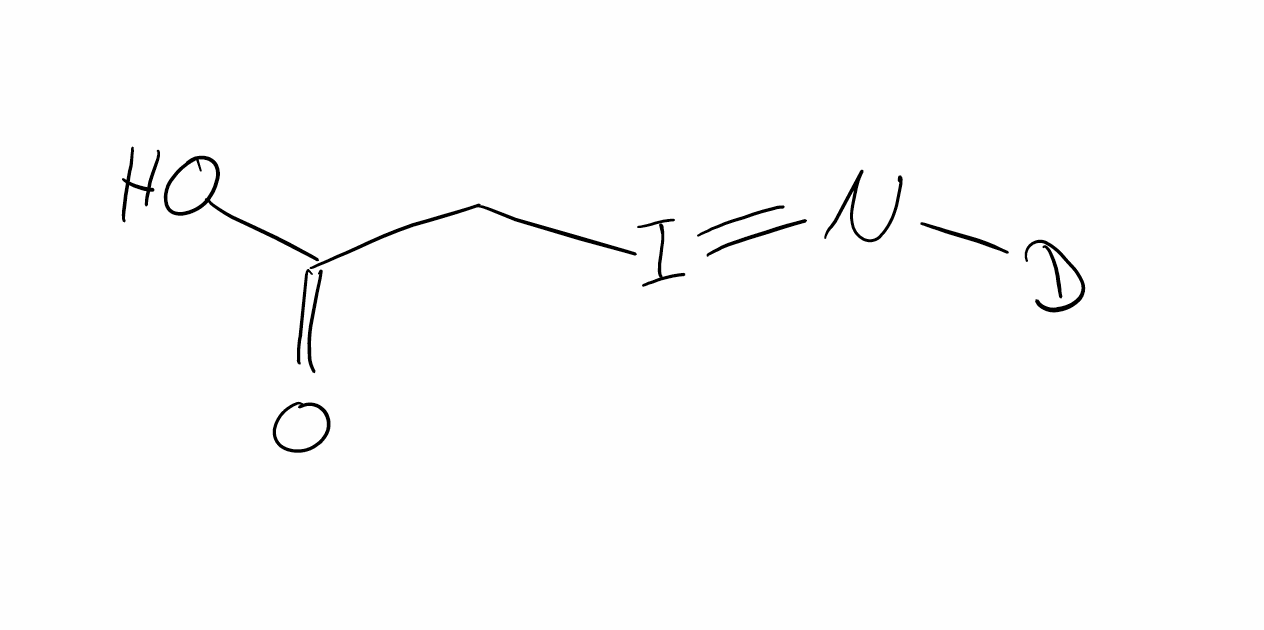
Simplified molecular-input line-entry system (SMILES) notation of the given molecule:
[2H]N=ICC(=O)O